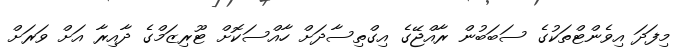
މިފަދަ އިވެންޓްތަކުގެ ސަބަބުން ރާއްޖޭގެ އިގްތިސާދަށް ހާއްސަކޮށް ޓޫރިޒަމްގެ ދާއިރާ އަށް ވަރަށް